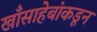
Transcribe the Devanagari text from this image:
खाँसाहेबांकडून